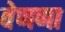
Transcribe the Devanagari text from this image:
वेणणा